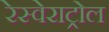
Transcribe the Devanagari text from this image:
रेस्वेराट्रोल